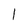
Character: 1